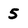
Character: 5